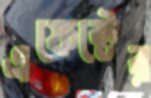
এফেক্টের